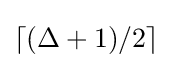
\lceil (\Delta +1)/2\rceil